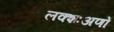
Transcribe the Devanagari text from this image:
लक्शःअणों